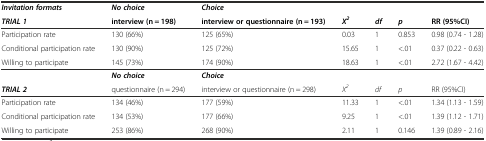
<table><thead><tr><td><b><i>Invitation formats</i></b></td><td><b><i>No choice</i></b></td><td><b><i>Choice</i></b></td><td></td><td></td><td></td><td></td></tr><tr><td><b><i>TRIAL 1</i></b></td><td><b>interview (n = 198)</b></td><td><b>interview or questionnaire (n = 193)</b></td><td><b><i>X</i><sup><i>2</i></sup></b></td><td><b><i>df</i></b></td><td><b><i>p</i></b></td><td><b>RR (95%CI)</b></td></tr></thead><tbody><tr><td>Participation rate</td><td>130 (66%)</td><td>125 (65%)</td><td>0.03</td><td>1</td><td>0.853</td><td>0.98 (0.74 - 1.28)</td></tr><tr><td>Conditional participation rate</td><td>130 (90%)</td><td>125 (72%)</td><td>15.65</td><td>1</td><td>&lt;.01</td><td>0.37 (0.22 - 0.63)</td></tr><tr><td>Willing to participate</td><td>145 (73%)</td><td>174 (90%)</td><td>18.63</td><td>1</td><td>&lt;.01</td><td>2.72 (1.67 - 4.42)</td></tr><tr><td></td><td><b><i>No choice</i></b></td><td><b><i>Choice</i></b></td><td></td><td></td><td></td><td></td></tr><tr><td><b><i>TRIAL 2</i></b></td><td>questionnaire (n = 294)</td><td>interview or questionnaire (n = 298)</td><td><i>X</i><sup><i>2</i></sup></td><td><i>df</i></td><td><i>p</i></td><td>RR (95%CI)</td></tr><tr><td>Participation rate</td><td>134 (46%)</td><td>177 (59%)</td><td>11.33</td><td>1</td><td>&lt;.01</td><td>1.34 (1.13 - 1.59)</td></tr><tr><td>Conditional participation rate</td><td>134 (53%)</td><td>177 (66%)</td><td>9.25</td><td>1</td><td>&lt;.01</td><td>1.39 (1.12 - 1.71)</td></tr><tr><td>Willing to participate</td><td>253 (86%)</td><td>268 (90%)</td><td>2.11</td><td>1</td><td>0.146</td><td>1.39 (0.89 - 2.16)</td></tr></tbody></table>